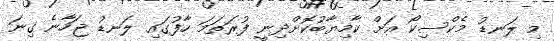
މި ލަނޑު މެކްސިކޯ އަށް ކާމިޔާބުކޮށްދިނީ ފުރަތަމަ ހާފުގައި ލަނޑު ޖަހާނެ ގިނަ